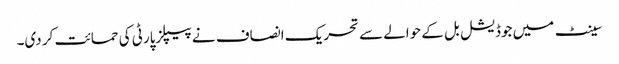
سینٹ میں جوڈیشل بل کے حوالے سے تحریک انصاف نے پیپلزپارٹی کی حمائت کر دی۔